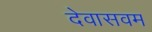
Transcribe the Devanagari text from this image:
देवासवम